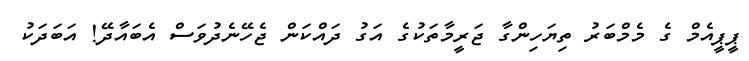
ޕީޕީއެމް ގެ މެމްބަރު ތިޔަހިންގާ ޖަރީމާތަކުގެ އަގު ދައްކަން ޖެހޭނެދުވަސް އެބައާދޭ! އަބަދަކު